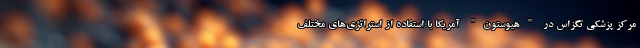
مرکز پزشکی تگزاس در "هیوستون" آمریکا با استفاده از استراتژی‌های مختلف